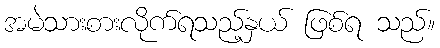
အမဲသားစားလိုက်ရသည့်နှယ် ဖြစ်ရ သည်။